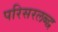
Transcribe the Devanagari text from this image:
परिसरलब्द्ध